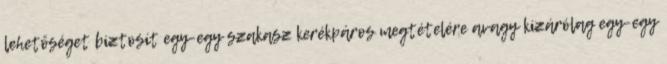
lehetőséget biztosít egy-egy szakasz kerékpáros megtételére avagy kizárólag egy-egy